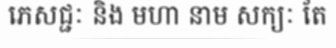
ភេសជ្ជៈ និង មហា នាម សក្យៈ តែ